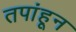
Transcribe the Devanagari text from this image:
तपांहून